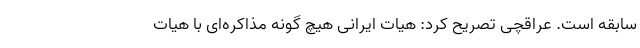
سابقه است. عراقچی تصریح کرد: هیات ایرانی هیچ گونه مذاکره‌ای با هیات